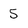
Character: 5